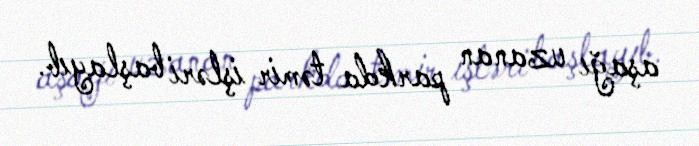
aşağı uzanan parkda təmir işləri başlayıb.